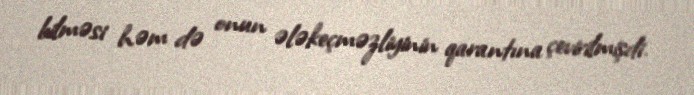
bilməsi həm də onun ələkeçməzliyinin qarantına çevirilmişdi.